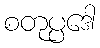
စတုပ္ပဒေါ